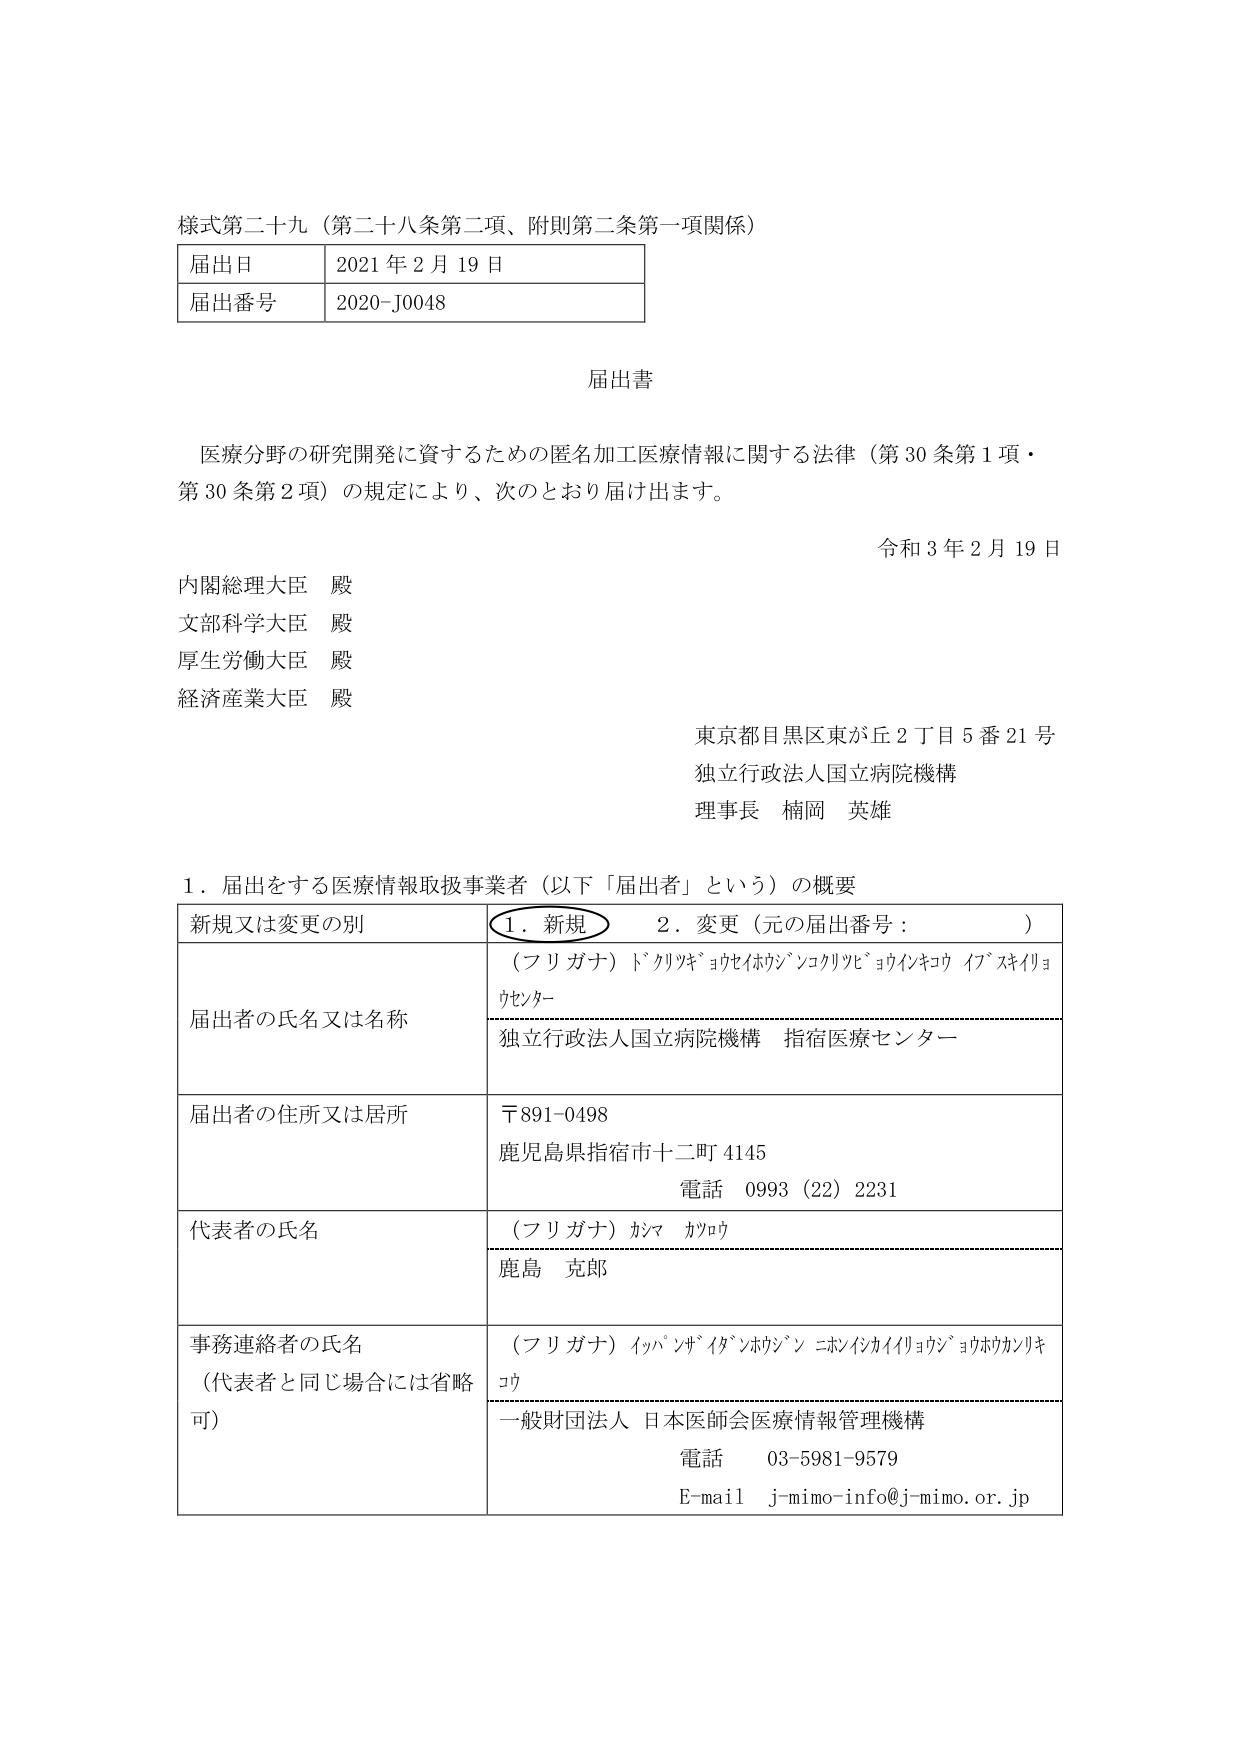
様式第二十九（第二十八条第二項、附則第二条第一項関係）

届出日　2021年2月19日
届出番号　2020-J0048

届出書

医療分野の研究開発に資するための匿名加工医療情報に関する法律（第30条第1項・第30条第2項）の規定により、次のとおり届け出ます。

令和3年2月19日

内閣総理大臣　殿
文部科学大臣　殿
厚生労働大臣　殿
経済産業大臣　殿

東京都目黒区東が丘2丁目5番21号
独立行政法人国立病院機構
理事長　楠岡　英雄

1．届出をする医療情報取扱事業者（以下「届出者」という）の概要

新規又は変更の別　　1．新規　　2．変更（元の届出番号：　　　　）

届出者の氏名又は名称
（フリガナ）ドクリョキョウセイホウジンコクリツビョウインキコウ　イソベキリョウセンター
独立行政法人国立病院機構　指宿医療センター

届出者の住所又は居所
〒891-0498
鹿児島県指宿市十二町4145
電話　0993（22）2231

代表者の氏名
（フリガナ）カジマ　カツロウ
鹿島　克郎

事務連絡者の氏名
（代表者と同じ場合には省略可）
（フリガナ）イッパンザイダンホウジン　ニホンイシカイイリョウジョウホウカンリキコウ
一般財団法人　日本医師会医療情報管理機構
電話　03-5981-9579
E-mail　j-mimo-info@j-mimo.or.jp